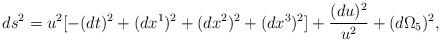
LaTeX: \begin{align*}ds^2 = u^2 [-(dt)^2 + (dx^1)^2 + (dx^2)^2 + (dx^3)^2] + { (du)^2 \over u^2}+ ( d \Omega_5)^2,\end{align*}